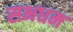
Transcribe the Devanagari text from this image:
सभधम